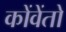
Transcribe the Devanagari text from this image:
कोंवेंतो